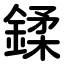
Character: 鍒